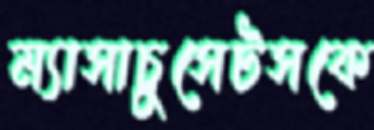
ম্যাসাচুসেটসকে